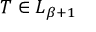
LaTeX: T \in L _ { \beta + 1 }